Indian journal of veterinary science and animal husbandry - Volume 7,
Year: 1937
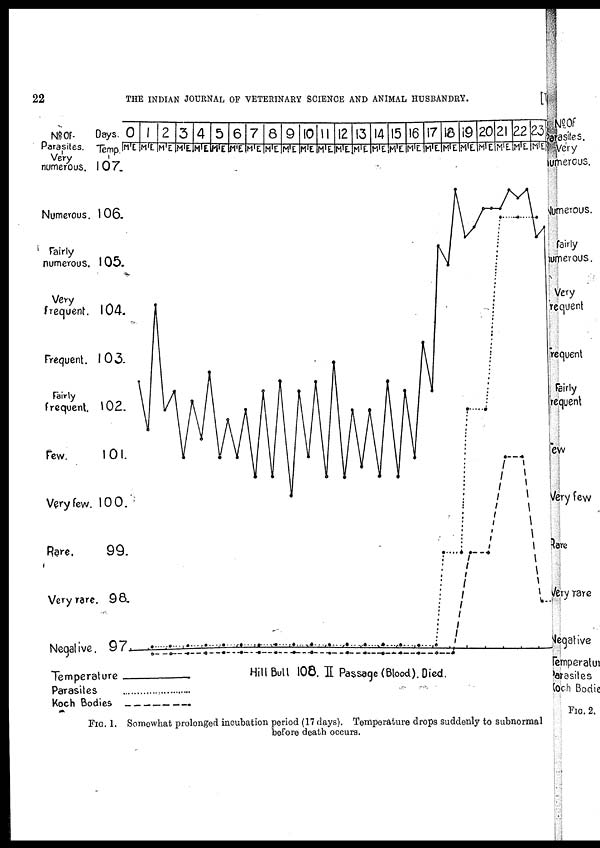
22
THE INDIAN JOURNAL OF VETERINARY SCIENCE AND ANIMAL HUSBANDRY.
FIG. 1. Somewhat prolonged incubation period (17 days). Temperature drops Suddenly to subnormal
before death occurs.